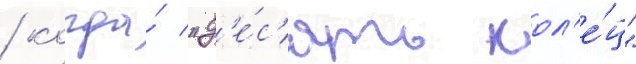
/ когда́ "д'е́с'ять кол'е́ц"